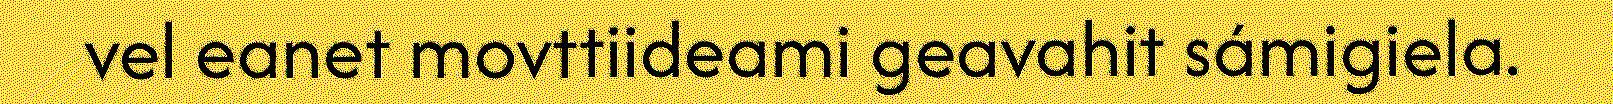
vel eanet movttiideami geavahit sámigiela.